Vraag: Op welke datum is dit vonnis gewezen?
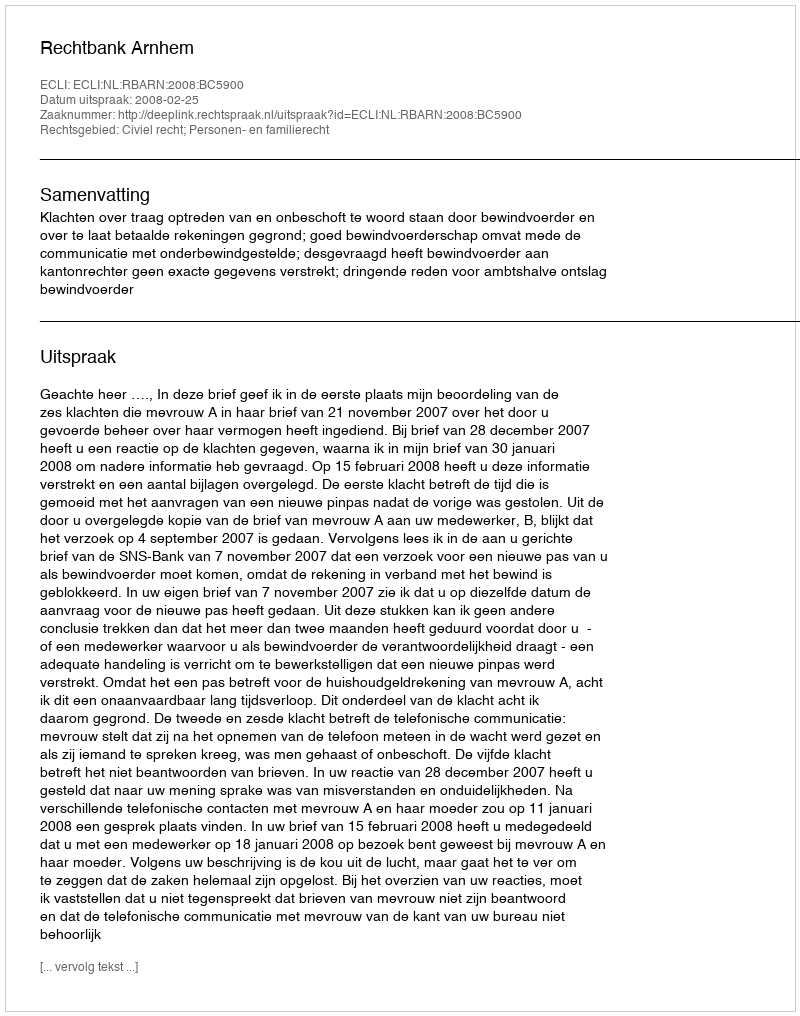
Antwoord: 2008-02-25